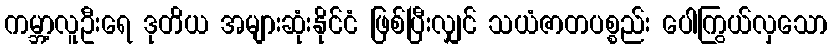
ကမ္ဘာ့လူဦးရေ ဒုတိယ အများဆုံးနိုင်ငံ ဖြစ်ပြီးလျှင် သယံဇာတပစ္စည်း ပေါကြွယ်လှသော